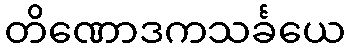
တိဏောဒကသင်္ခယေ